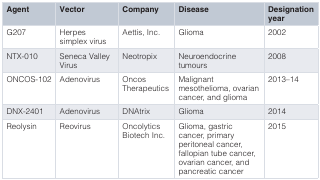
<table><thead><tr><td><b>Agent</b></td><td><b>Vector</b></td><td><b>Company</b></td><td><b>Disease</b></td><td><b>Designationyear</b></td></tr></thead><tbody><tr><td>G207</td><td>Herpessimplex virus</td><td>Aettis, Inc.</td><td>Glioma</td><td>2002</td></tr><tr><td>NTX-010</td><td>Seneca ValleyVirus</td><td>Neotropix</td><td>Neuroendocrinetumours</td><td>2008</td></tr><tr><td>ONCOS-102</td><td>Adenovirus</td><td>OncosTherapeutics</td><td>Malignantmesothelioma, ovariancancer, and glioma</td><td>2013–14</td></tr><tr><td>DNX-2401</td><td>Adenovirus</td><td>DNAtrix</td><td>Glioma</td><td>2014</td></tr><tr><td>Reolysin</td><td>Reovirus</td><td>OncolyticsBiotech Inc.</td><td>Glioma, gastriccancer, primaryperitoneal cancer,fallopian tube cancer,ovarian cancer, andpancreatic cancer</td><td>2015</td></tr></tbody></table>